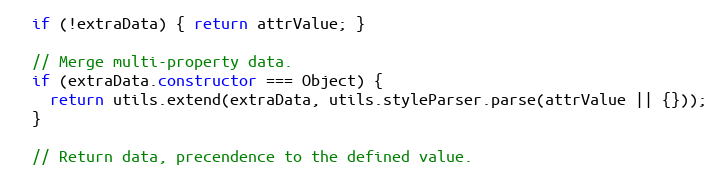
Language: JavaScript
  if (!extraData) { return attrValue; }

  // Merge multi-property data.
  if (extraData.constructor === Object) {
    return utils.extend(extraData, utils.styleParser.parse(attrValue || {}));
  }

  // Return data, precendence to the defined value.